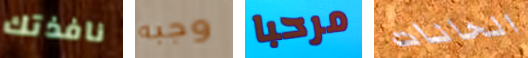
نافذتك وجبه مرحبا الحانات